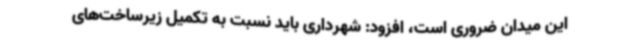
این میدان ضروری است، افزود: شهرداری باید نسبت به تکمیل زیرساخت‌های